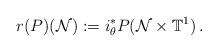
LaTeX: \begin{align*}r(P)(\mathcal{N}):=i_\theta^*P(\mathcal{N}\times\mathbb{T}^1)\,.\end{align*}